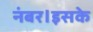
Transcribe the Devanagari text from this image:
नंबर।इसके